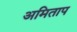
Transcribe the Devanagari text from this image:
अमिताप